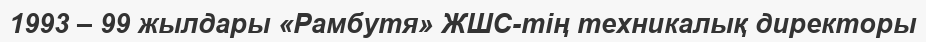
1993 – 99 жылдары «Рамбутя» ЖШС-тің техникалық директоры